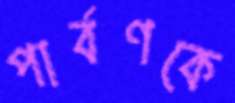
পার্বণকে